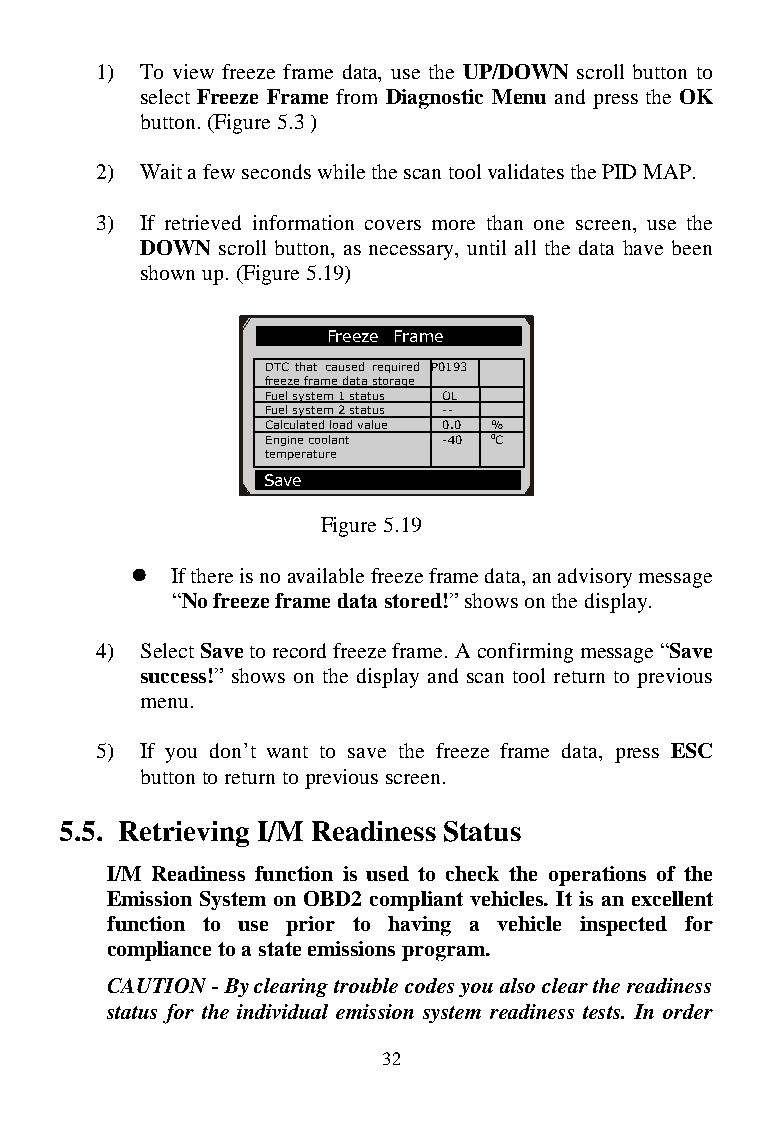
1) To view freeze frame data, use the UP/DOWN scroll button to
 select Freeze Frame from Diagnostic Menu and press the OK
 button. (Figure 5.3 )
 2) Wait a few seconds while the scan tool validates the PID MAP.
 3) If retrieved information covers more than one screen, use the
 DOWN scroll button, as necessary, until all the data have been
 shown up. (Figure 5.19)
 Freeze Frame
 DTC that caused required P0193
 freeze frame data storage
 Fuel system 1 status OL
 Fuel system 2 status --
 Calculated load value 0.0 %
 Engine coolant -40 0C
 temperature
 Save
 Figure 5.19
  If there is no available freeze frame data, an advisory message
 “No freeze frame data stored!” shows on the display.
 4) Select Save to record freeze frame. A confirming message “Save
 success!” shows on the display and scan tool return to previous
 menu.
 5) If you don’t want to save the freeze frame data, press ESC
 button to return to previous screen.
 5.5. Retrieving I/M Readiness Status
 I/M Readiness function is used to check the operations of the
 Emission System on OBD2 compliant vehicles. It is an excellent
 function to use prior to having a vehicle inspected for
 compliance to a state emissions program.
 CAUTION - By clearing trouble codes you also clear the readiness
 status for the individual emission system readiness tests. In order
 32